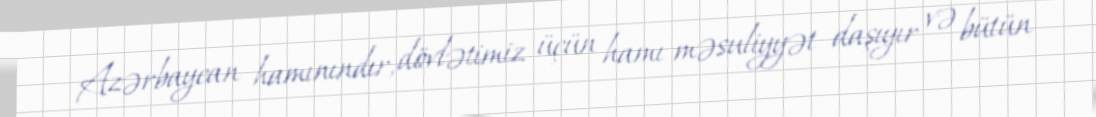
Azərbaycan hamınındır, dövlətimiz üçün hamı məsuliyyət daşıyır və bütün